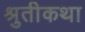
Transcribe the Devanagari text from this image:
श्रुतीकथा